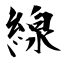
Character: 線